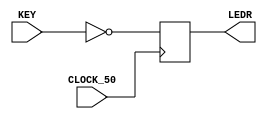
module keys(KEY, CLOCK_50, LEDR);
	input [3:0] KEY;
	input CLOCK_50;
	output reg [3:0] LEDR;
	
	always @(posedge CLOCK_50)
		LEDR[3:0] <= ~KEY[3:0];
endmodule